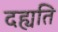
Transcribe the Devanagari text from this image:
दह्यति